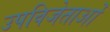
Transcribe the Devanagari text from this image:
उपविजेताओं